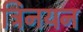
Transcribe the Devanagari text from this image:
त्रिनयन